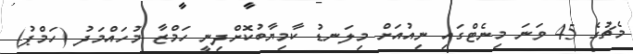
މެޗުގެ 45 ވަނަ މިނެޓްގައި ނިއުއަށް މިލަނޑު ކާމިޔާބުކޮށްދިނީ ހަމްޒާ މުހައްމަދު (ހަމްޕު)